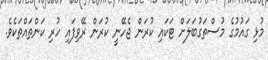
މުޅި ގައުމުގެ މުސްތަގުބަލަށް ޓަކައި ކުރަން ޖެހޭނީ ކުރަން ރޭވިފައި ހުރި ކަންތައްތަކެވެ.